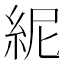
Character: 𥿡